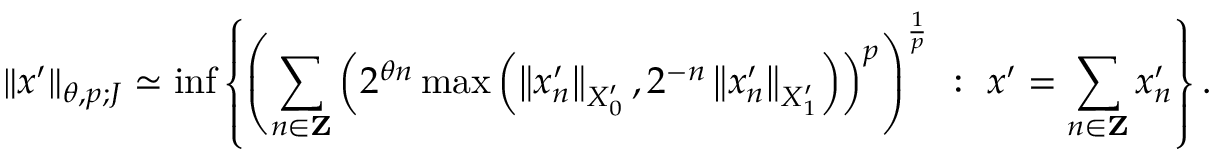
\| x ^ { \prime } \| _ { \theta , p ; J } \simeq \operatorname* { i n f } \left\{ \left( \sum _ { n \in \mathbf { Z } } \left( 2 ^ { \theta n } \operatorname* { m a x } \left( \left\| x _ { n } ^ { \prime } \right\| _ { X _ { 0 } ^ { \prime } } , 2 ^ { - n } \left\| x _ { n } ^ { \prime } \right\| _ { X _ { 1 } ^ { \prime } } \right) \right) ^ { p } \right) ^ { \frac { 1 } { p } } \ : \ x ^ { \prime } = \sum _ { n \in \mathbf { Z } } x _ { n } ^ { \prime } \right\} .